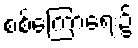
စစ်ကြောရေး၌